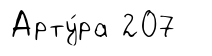
Арту́ра 207